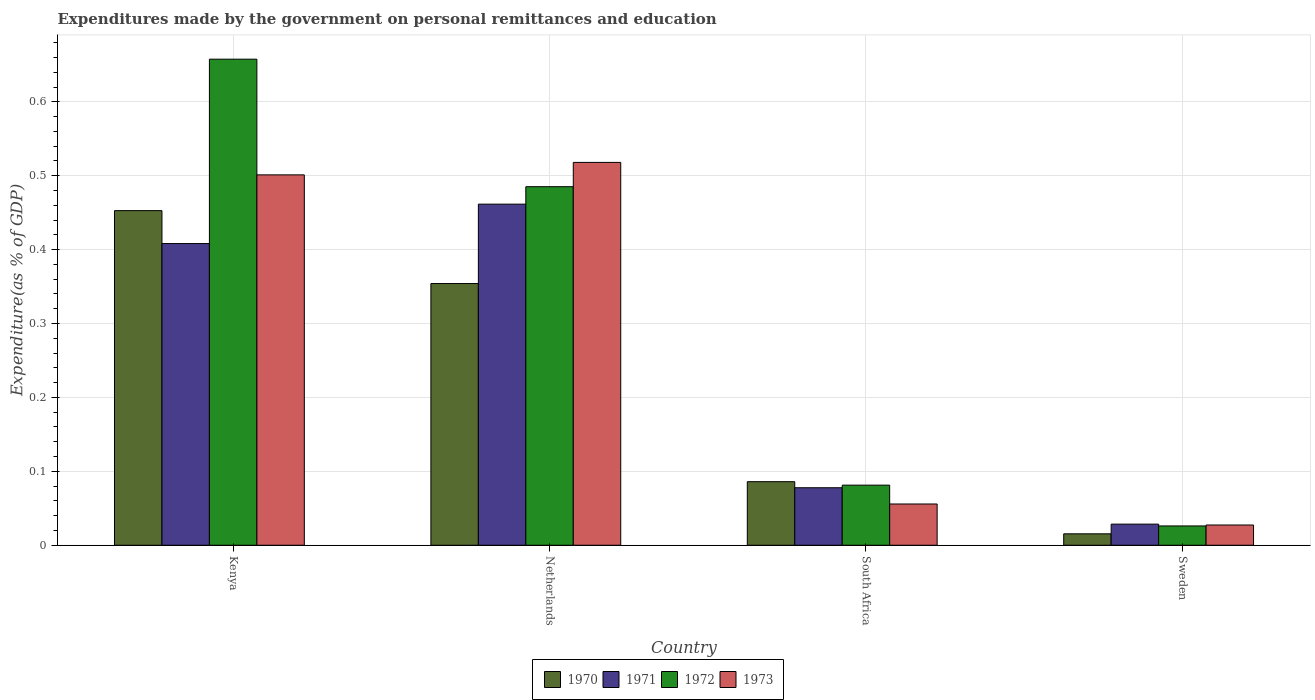
| Country | 1970 | 1971 | 1972 | 1973 |
 | --- | --- | --- | --- | --- |
 | Kenya | 0.453 | 0.408 | 0.658 | 0.501 |
 | Netherlands | 0.354 | 0.462 | 0.485 | 0.518 |
 | South Africa | 0.086 | 0.0778 | 0.0813 | 0.0558 |
 | Sweden | 0.0154 | 0.0286 | 0.0261 | 0.0274 |